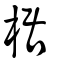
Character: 椐